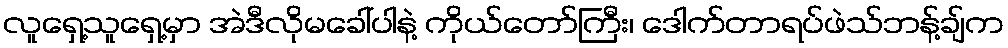
လူရှေ့သူရှေ့မှာ အဲဒီလိုမခေါ်ပါနဲ့ ကိုယ်တော်ကြီး၊ ဒေါက်တာရပ်ဖဲသ်ဘန့်ချ်က